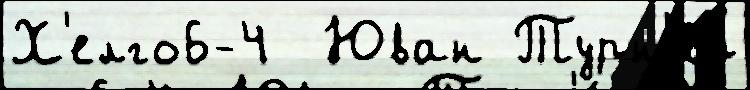
Х'елго6-4  Юван Турн'и́р